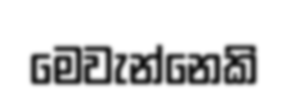
මෙවැන්නෙකි